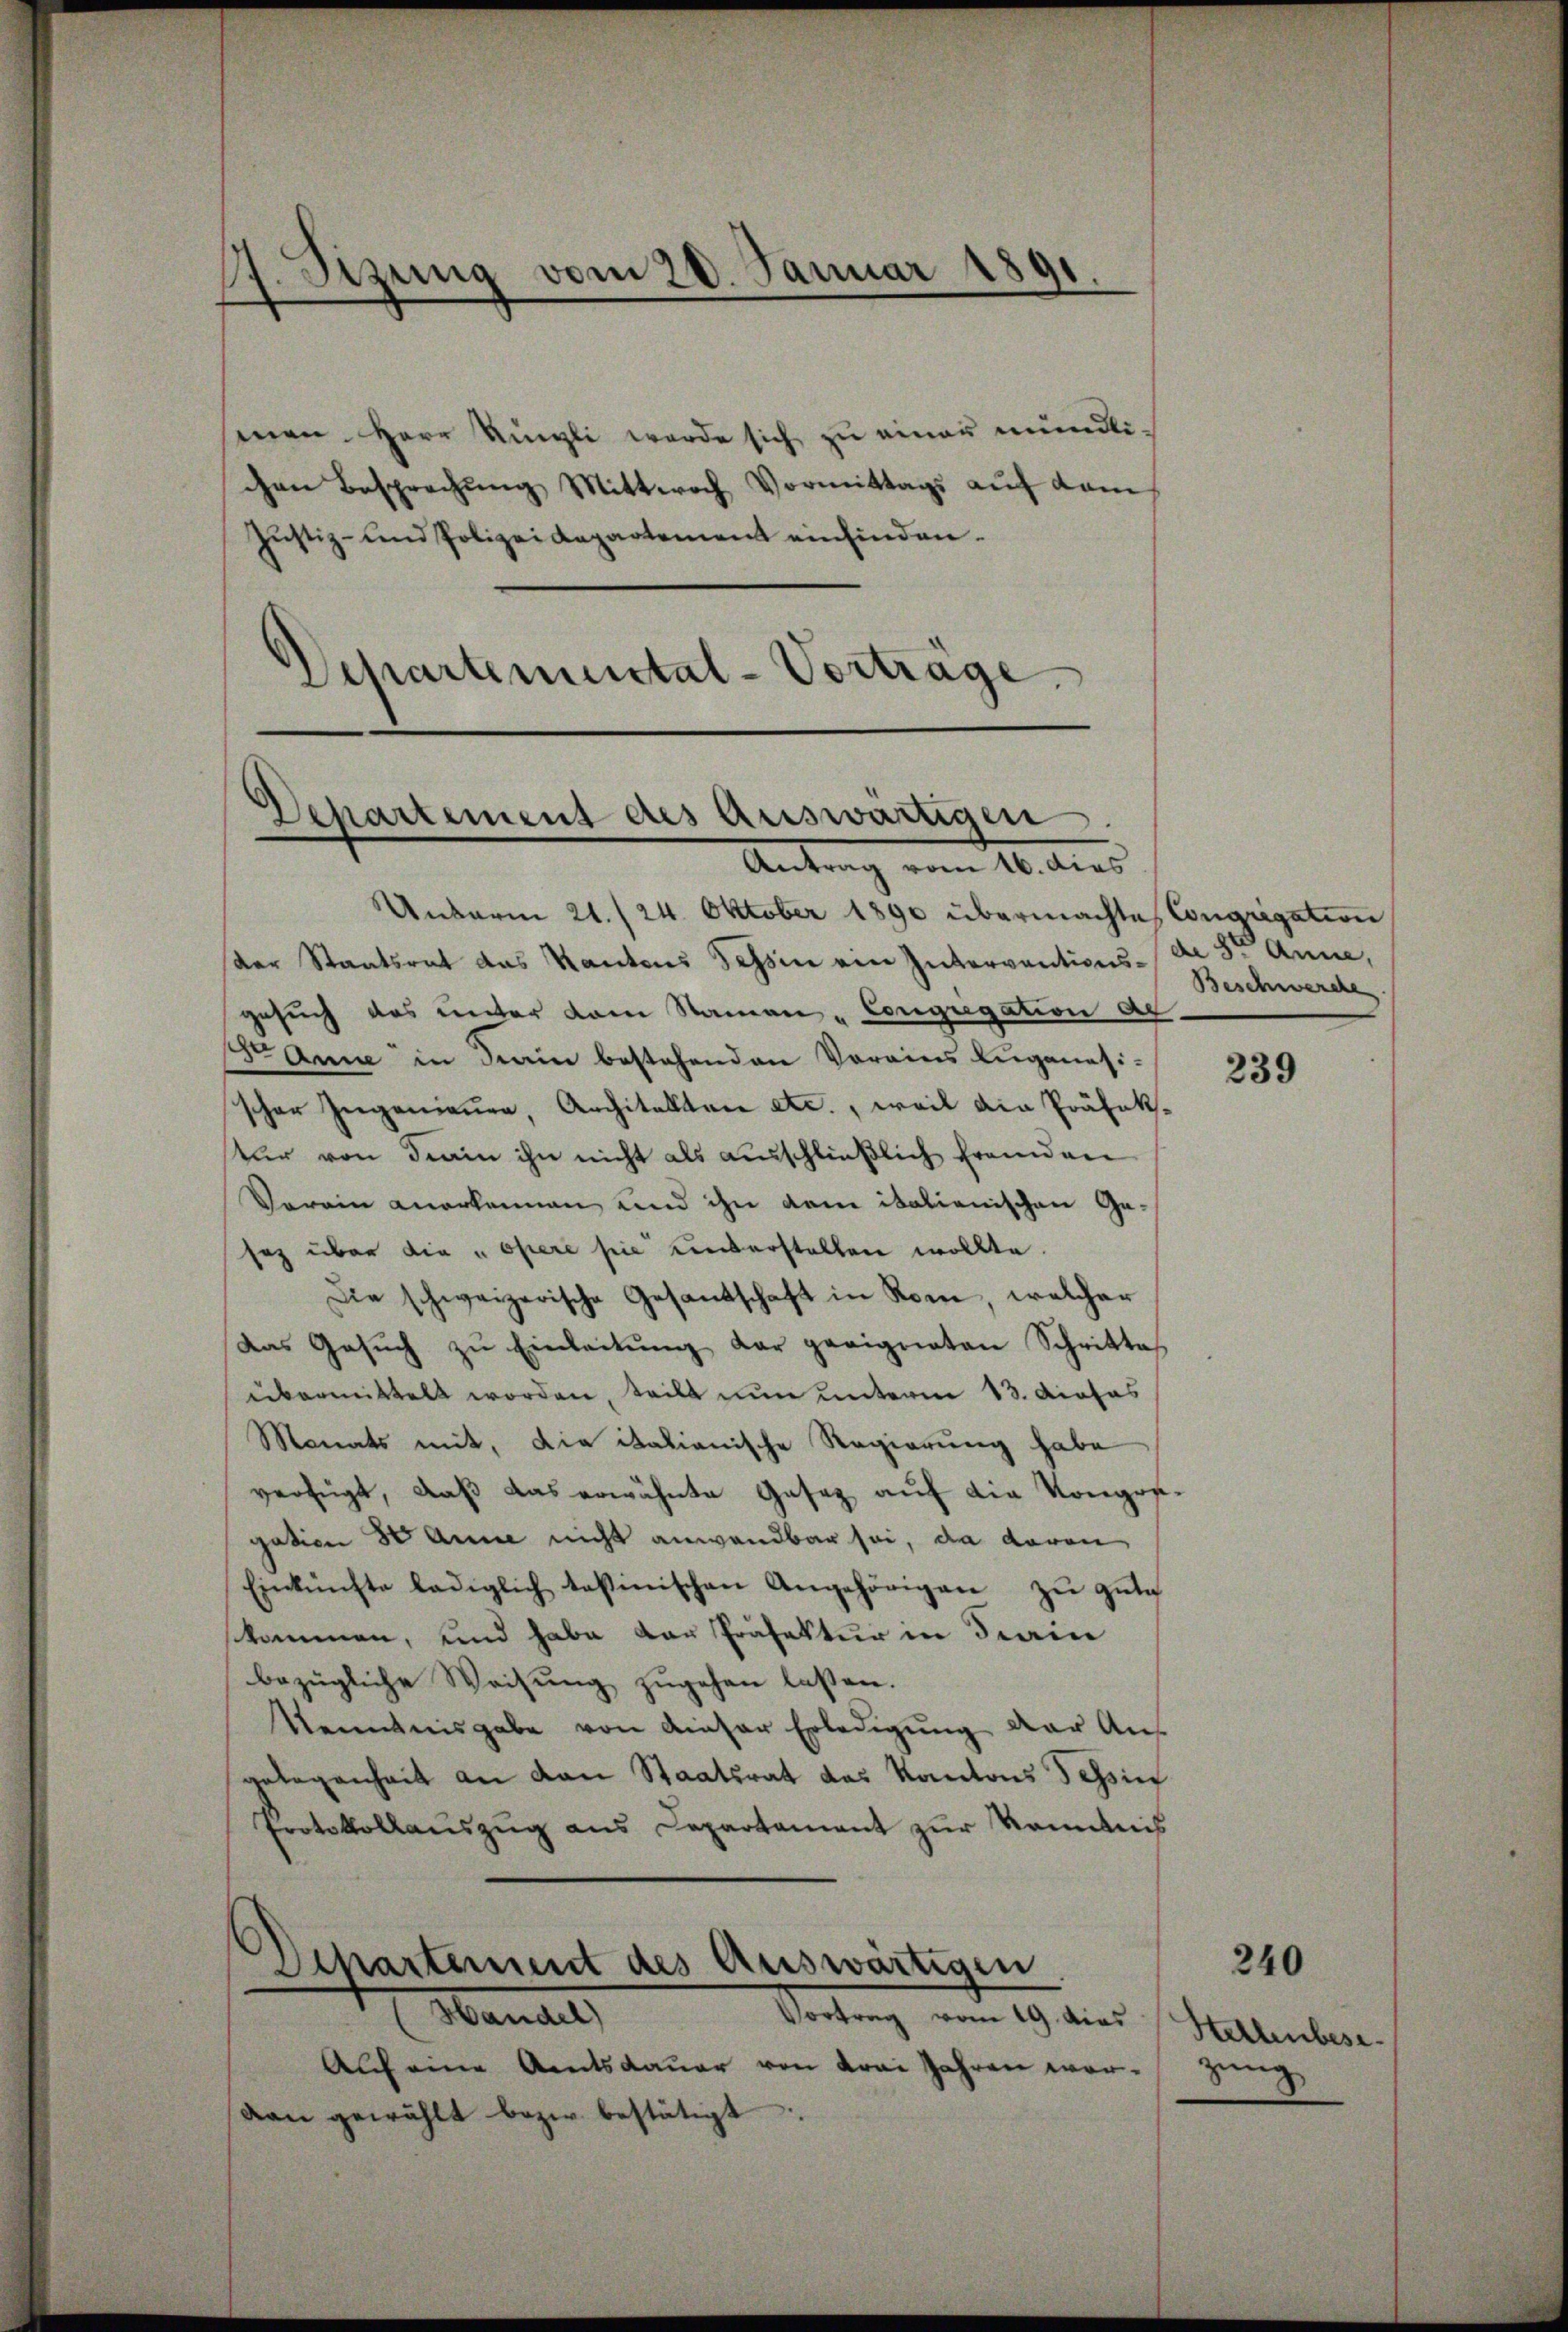
Sizung vom 20. Januar 1891
.
.

men. Herr Ringli werde sich zu einer mündlichen Besprechŭng Mittwoch Vormittags aŭf dem
Justiz- und Polizeidepartement einfinden.
Departemental-Vorträge.

Departement des Auswärtigen.
Antrag vom 16. dies

Unterm 21. (24. Oktober 1890 übermachte Congrigation
der Staatsrat das Kantons Tessin ein Interventions-de 8te Anna,
gesŭch das unter kam Namen „Congregation a
Dr. Anne in Krain bestehenden Vorains Luganasi-
scher Ingenieur, Architalten etc., weil ain Präfekstur von Frain ihn nicht als ausschließlich fremden
Verein anerkennen und ihn dem italienischen Ge-
saz über die Opere sie unterstellen wollte.
Die schweizerische Gesandschaft in Rom, welcher
Das Gesuch zu Einleitung der geeigneten Schritte
übermittelt worden, teilt nun unterm 13. Drohas
Monats mit, die italienische Regierung habe
verfügt, daß das erwähnte Gesez auf die Kongosgation 80 Anna nicht anwendbar sei, da davon
Einkünfte lediglich testinischen Angehörigen zŭ gŭte
skommen, und habe von Präfektur in drain
bezügliche Weisung zugehen laßen.
Kenntnisgabe von dieser Erledigŭng der Aus
gelegenheit an den Staatsrat das Kantons Tessinf
Protokollauszug aus Capartament zur Kenntnis
Departement des Auswärtigen
Handel
Vortrag vom 19. dies Stellenbese
Auf eine Amtsdauer von Krai Jahren wordan gewählt bezw. bestätigt.

Beschwerche

239

zung

240